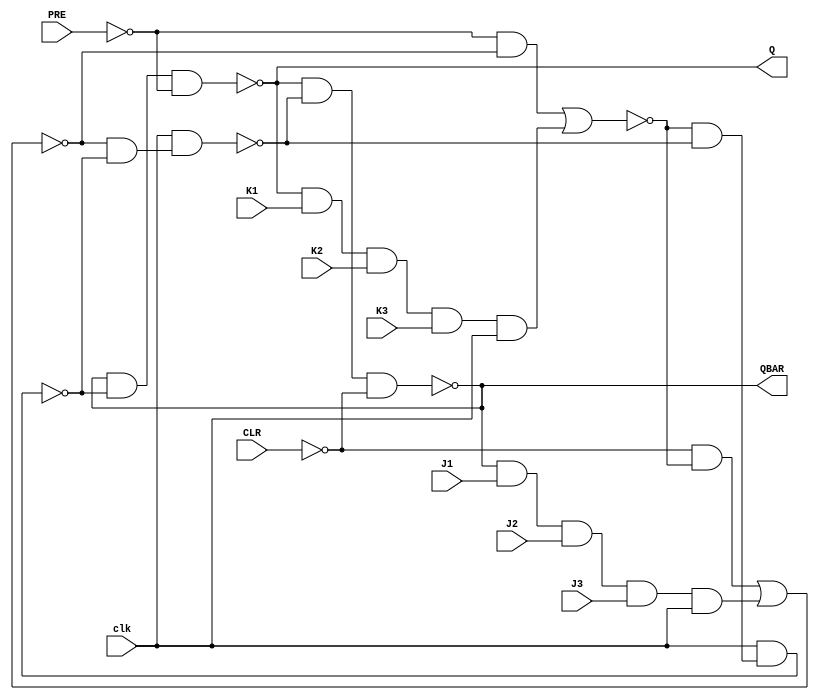
module JK_MS_2(input clk , input J1 , input J2 , input J3 , input K1 , input K2 , input K3 , input PRE , input CLR , output Q , output QBAR);
wire A_w , B_w , C_w , D_w , E_w , F_w , H_w , G_w , J_w , I_w , PRE_w , CLR_w , Q_w , QBAR_w;
buf uut1(Q_w , Q);
buf uut2(QBAR_w , QBAR);
not uut3(PRE_w , PRE);
not uut4(CLR_w , CLR);
and uut5(A_w , CLR_w , F_w);
and uut6(B_w , QBAR_w , J1 , J2 , J3 , clk);
nor uut7(C_w , A_w , B_w);
and uut8(D_w , PRE_w , C_w);
and uut9(E_w , Q_w , K1 , K2 , K3 , clk);
nor uut10(F_w , D_w , E_w);
and uut11(G_w , F_w, J_w);
and uut12(H_w , C_w , I_w);
nand uut13(I_w , clk , G_w);
nand uut14(J_w , clk , H_w);
nand uut15(Q , QBAR_w , I_w , PRE_w);
nand uut16(QBAR , Q_w , J_w , CLR_w);
endmodule